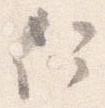
何